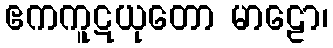
ဧကကူဋယုတော မာဠော၊